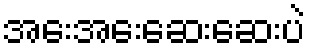
အေးအေးဆေးဆေးပဲ